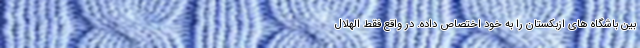
بین باشگاه های ازبکستان را به خود اختصاص داده. در واقع فقط الهلال